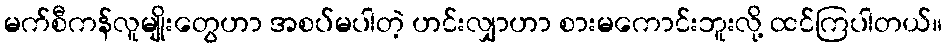
မက်စီကန်လူမျိုးတွေဟာ အစပ်မပါတဲ့ ဟင်းလျှာဟာ စားမကောင်းဘူးလို့ ထင်ကြပါတယ်။